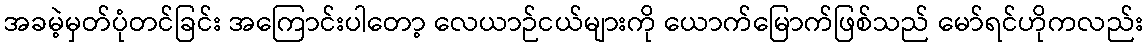
အခမဲ့မှတ်ပုံတင်ခြင်း အကြောင်းပါတော့ လေယာဉ်ငယ်များကို ယောက်မြောက်ဖြစ်သည် မော်ရင်ဟိုကလည်း